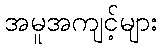
အမူအကျင့်များ